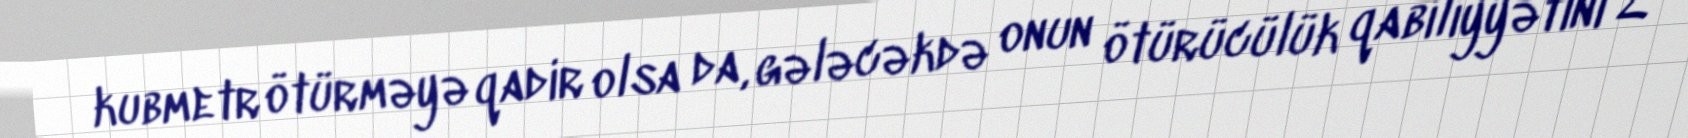
kubmetr ötürməyə qadir olsa da, gələcəkdə onun ötürücülük qabiliyyətini 2